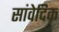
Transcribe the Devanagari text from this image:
सांवेदिक